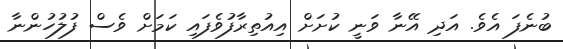
ބުނެފަ އެވެ. އަދި އޭނާ ވަނީ ކުށަށް އިއުތިރާފުވެފައި ކަމަށް ވެސް ފުލުހުންނާ